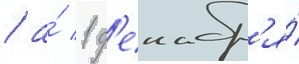
/ а́ 1 д'екабр'я́